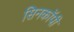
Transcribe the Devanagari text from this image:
सिनकाॅपी